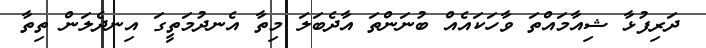
ދަރިފުޅާ ޝިއާމައްތަ ވާހަކައެއް ބުނަންތަ އާދެބަލަ މިތާ އެނދުމަތީގަ އިނދެލަން ތިތާ